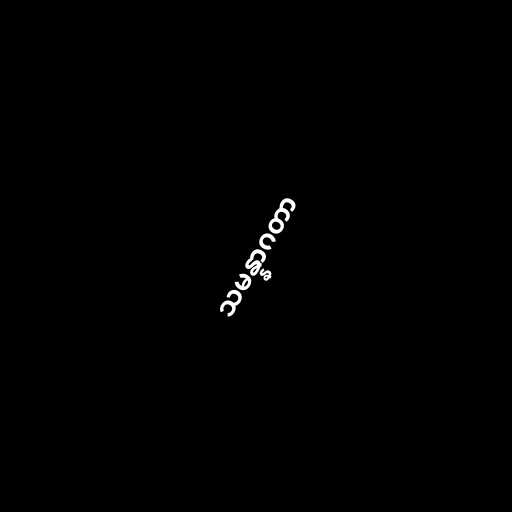
သမန္နာဂတာ